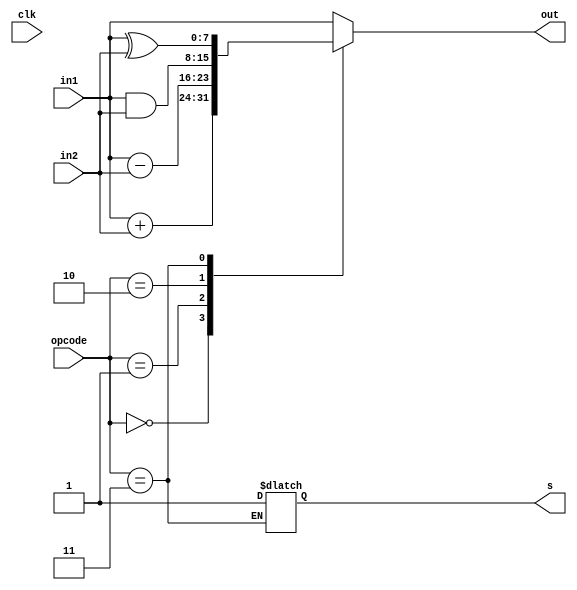
`timescale 1ns / 1ps

module ALU_design(in1,in2,opcode,out,clk,s);
input [7:0] in1;
input [7:0] in2;
input [2:0] opcode;

output reg [7:0] out;
input clk;
  output reg s;
always@(*)
  begin
    case(opcode)
    2'b00:begin
      out=in1+in2;s=1;
    end
    2'b01:begin
      out=in1-in2;s=1;
    end
    2'b10:begin
      out=in1&in2;s=1;
    end
    2'b11:begin
      out=in1^in2;
    end
  default: begin
     out=in1;s=1;
  end
    endcase
  end
endmodule